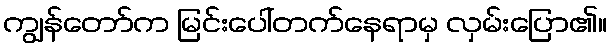
ကျွန်တော်က မြင်းပေါ်တက်နေရာမှ လှမ်းပြော၏။